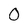
Character: 0